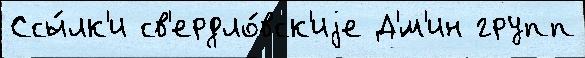
Ссы́лк'и св'ердло́вск'иjе Д'́м'ин групп